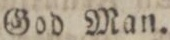
God Man.